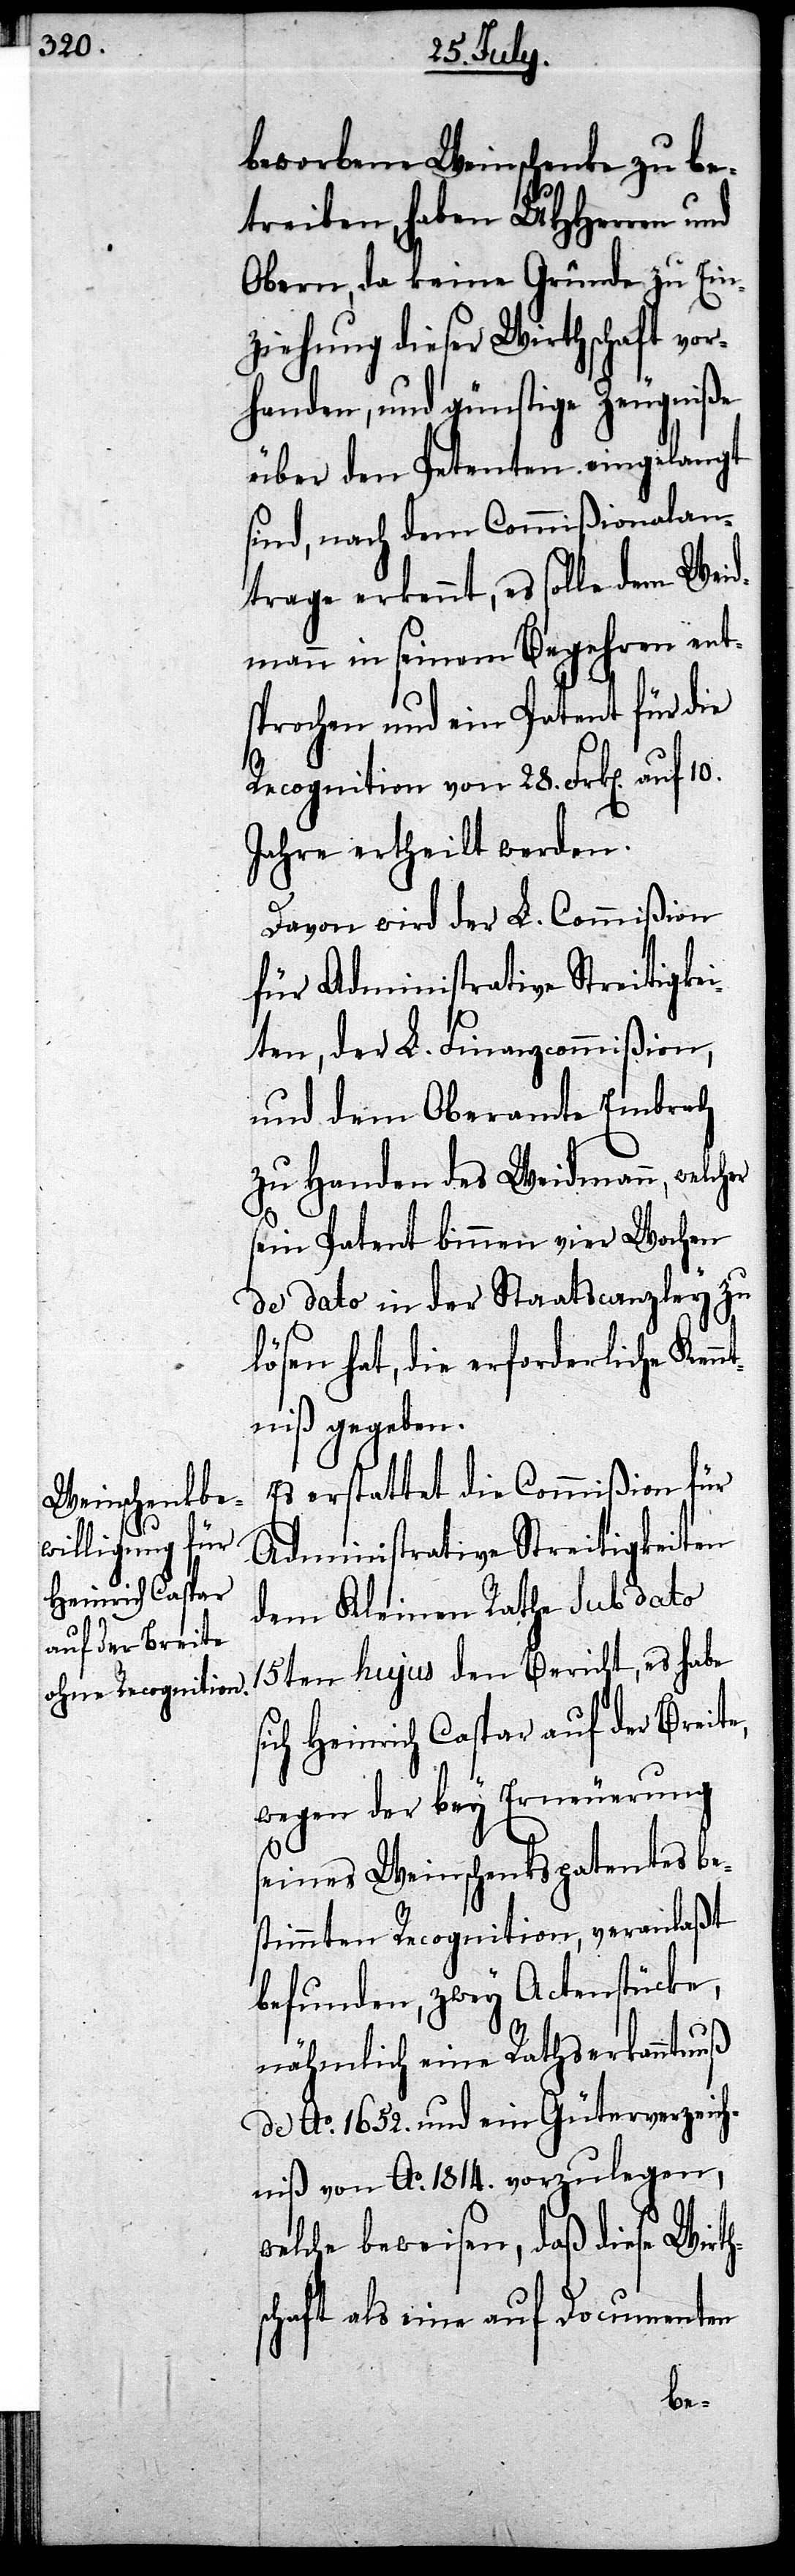
beworbene Weinschenke zu be¬
treiben, haben UHHerren und
Obern, da keine Gründe zu Ein¬
ziehung dieser Wirthschaft vor¬
handen, und günstige Zeugniße
über den Petenten eingelangt
sind, nach dem Commißionalan¬
trage erkennt, es solle dem Weid¬
mann in seinem Begehren ent¬
sprochen und ein Patent für die
Recognition von 28. Frk[en].
Jahre ertheilt werden.
Davon wird der L. Commißion
für Administrative Streitigkei¬
ten, der L. Finanzcommißion,
und dem Oberamte Embrach
zu Handen des Weidmann, welcher
sein Patent binnen vier Wochen
de dato in der Staatscanzley zu
lösen hat, die erforderliche Kenn¬
tniß gegeben.
Es erstattet die Commißion für
Administrative Streitigkeiten
dem Kleinen Rathe sub dato
15ten hujus den Bericht, es habe
sich Heinrich Caspar auf der Breite,
wegen der bey Erneuerung
seines Weinschenkspatents be¬
stimmten Recognition, veranlaßt
befunden, zwey Actenstücke,
nähmlich eine Rathserkanntnuß
de Ao. 1652. und ein Güterverzeich¬
niß von Ao. 1814. vorzulegen,
welche beweisen, daß diese Wirth¬
schaft als eine auf Documenten